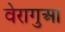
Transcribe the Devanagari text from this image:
वेरागुआ